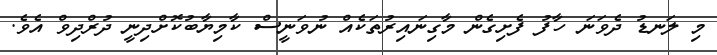
މި ލަނޑު ދެވަނަ ހާފު ފެށިގެން މާގިނައިރުތަކެއް ނުވަނީސް ކާމިޔާބުކޮށްދިނީ ދުރްދިވް އެވެ.